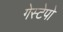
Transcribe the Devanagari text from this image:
गेस्टेपो